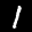
Label: 1